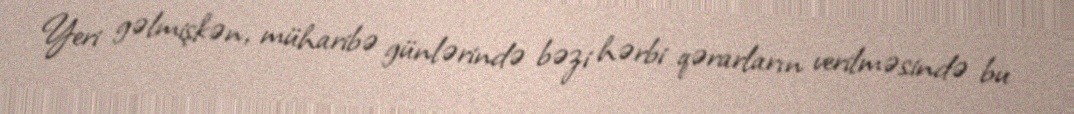
Yeri gəlmişkən, müharibə günlərində bəzi hərbi qərarların verilməsində bu